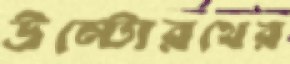
উল্টোরথের